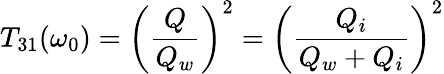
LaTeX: T_{31}(\omega_{0})=\left(\frac{Q}{Q_{w}}\right)^{2}=\left(\frac{Q_{i}}{Q_{w}+Q_{i}}\right)^{2}